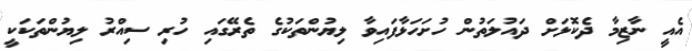
އެއީ ނާޒިމާ ދެކޮޅަށް ދައުލަތުން ހުށަހަޅާފައިވާ ލިޔުންތަކުގެ ތެރޭގައި ހުރި ސިއްރު ލިޔުންތަކަކީ